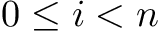
0 \leq i < n